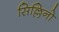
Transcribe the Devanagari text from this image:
सिल्लिनो